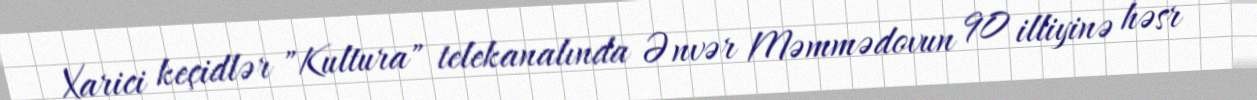
Xarici keçidlər "Kultura" telekanalında Ənvər Məmmədovun 90 illiyinə həsr